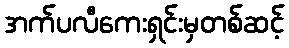
အက်ပလီကေးရှင်းမှတစ်ဆင့်